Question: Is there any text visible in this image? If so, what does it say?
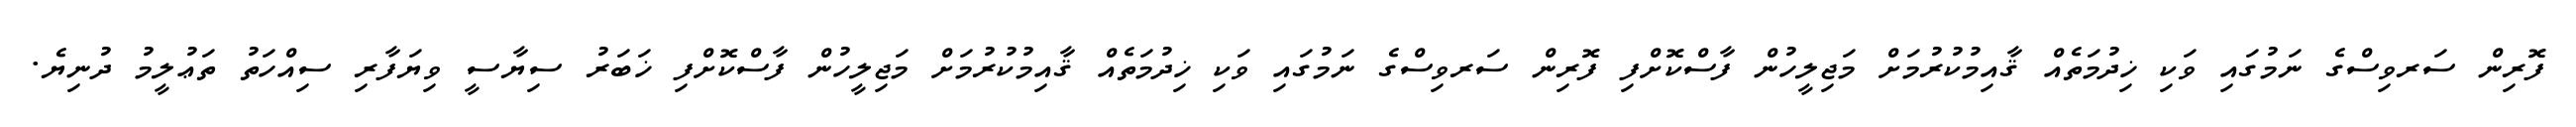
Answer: ފޮރިން ސަރވިސްގެ ނަމުގައި ވަކި ޚިދުމަތެއް ޤާއިމުކުރުމަށް މަޖިލީހުން ފާސްކޮށްފި ފޮރިން ސަރވިސްގެ ނަމުގައި ވަކި ޚިދުމަތެއް ޤާއިމުކުރުމަށް މަޖިލީހުން ފާސްކޮށްފި ޚަބަރު ސިޔާސީ ވިޔަފާރި ސިއްހަތު ތަޢުލީމު ދުނިޔެ.